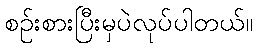
စဉ်းစားပြီးမှပဲလုပ်ပါတယ်။